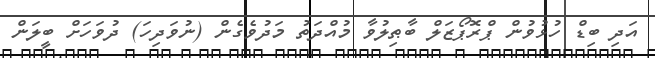
އަދި ބިޑް ހުޅުވުން ޕްރޮޕޯޒަލް ބާޠިލުވާ މުއްދަތު މަދުވެގެން (ނުވަދިހަ) ދުވަހަށް ބީލަން